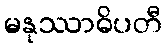
မနုဿာဓိပတီ